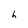
Character: h